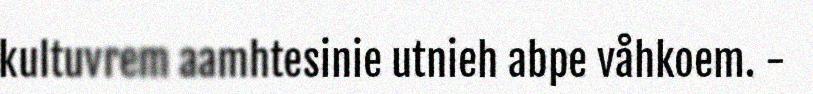
kultuvrem aamhtesinie utnieh abpe våhkoem. -